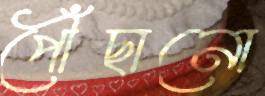
পৌঁছানো